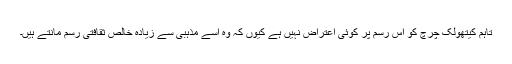
تاہم کیتھولک چرچ کو اس رسم پر کوئی اعتراض نہیں ہے کیوں کہ وہ اسے مذہبی سے زیادہ خالص ثقافتی رسم مانتے ہیں۔